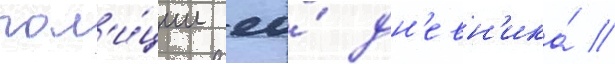
пол'и́ции ео́ дн'евн'ика́ //